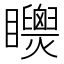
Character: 𥍌